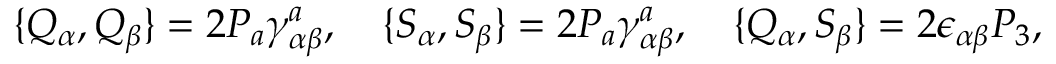
\{ Q _ { \alpha } , Q _ { \beta } \} = 2 P _ { a } \gamma _ { \alpha \beta } ^ { a } , \quad \{ S _ { \alpha } , S _ { \beta } \} = 2 P _ { a } \gamma _ { \alpha \beta } ^ { a } , \quad \{ Q _ { \alpha } , S _ { \beta } \} = 2 \epsilon _ { \alpha \beta } P _ { 3 } ,